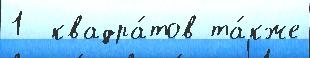
1  квадра́тов та́кже